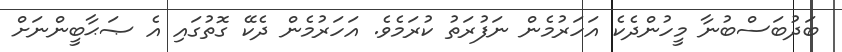
ބަދުބަސްބުނާ މީހުންދެކެ އަހަރުމެން ނަފުރަތު ކުރަމެވެ. އަހަރުމެން ދެކޭ ގޮތުގައި އެ ޞަޙާބީންނަށް